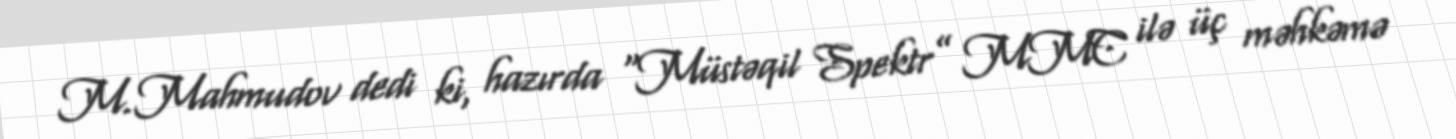
M.Mahmudov dedi ki, hazırda “Müstəqil Spektr” MMC ilə üç məhkəmə